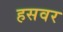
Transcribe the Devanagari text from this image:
हसवर